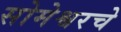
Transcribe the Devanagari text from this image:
सोमेश्वरचे